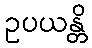
ဥပယန္တိ